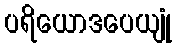
ပရိယောဒပေယျုံ